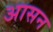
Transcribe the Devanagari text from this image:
अासन